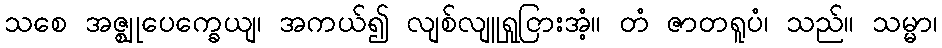
သစေ အဇ္ဈုပေက္ခေယျ၊ အကယ်၍ လျစ်လျူရှုငြားအံ့။ တံ ဇာတရူပံ၊ သည်။ သမ္မာ၊